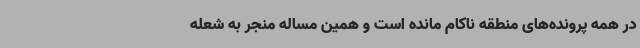
در همه پرونده‌های منطقه ناکام مانده است و همین مساله منجر به شعله